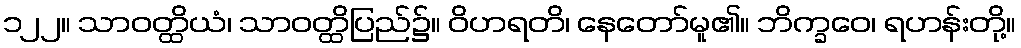
၁၂၂။ သာဝတ္ထိယံ၊ သာဝတ္ထိပြည်၌။ ဝိဟရတိ၊ နေတော်မူ၏။ ဘိက္ခဝေ၊ ရဟန်းတို့။